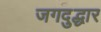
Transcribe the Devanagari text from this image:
जगदुद्धार